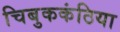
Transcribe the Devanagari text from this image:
चिबुककंठिया